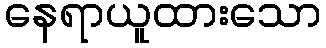
နေရာယူထားသော